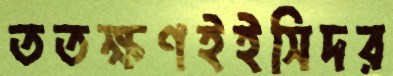
ততক্ষণইইসিদর